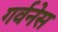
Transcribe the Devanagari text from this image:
गर्वनेस